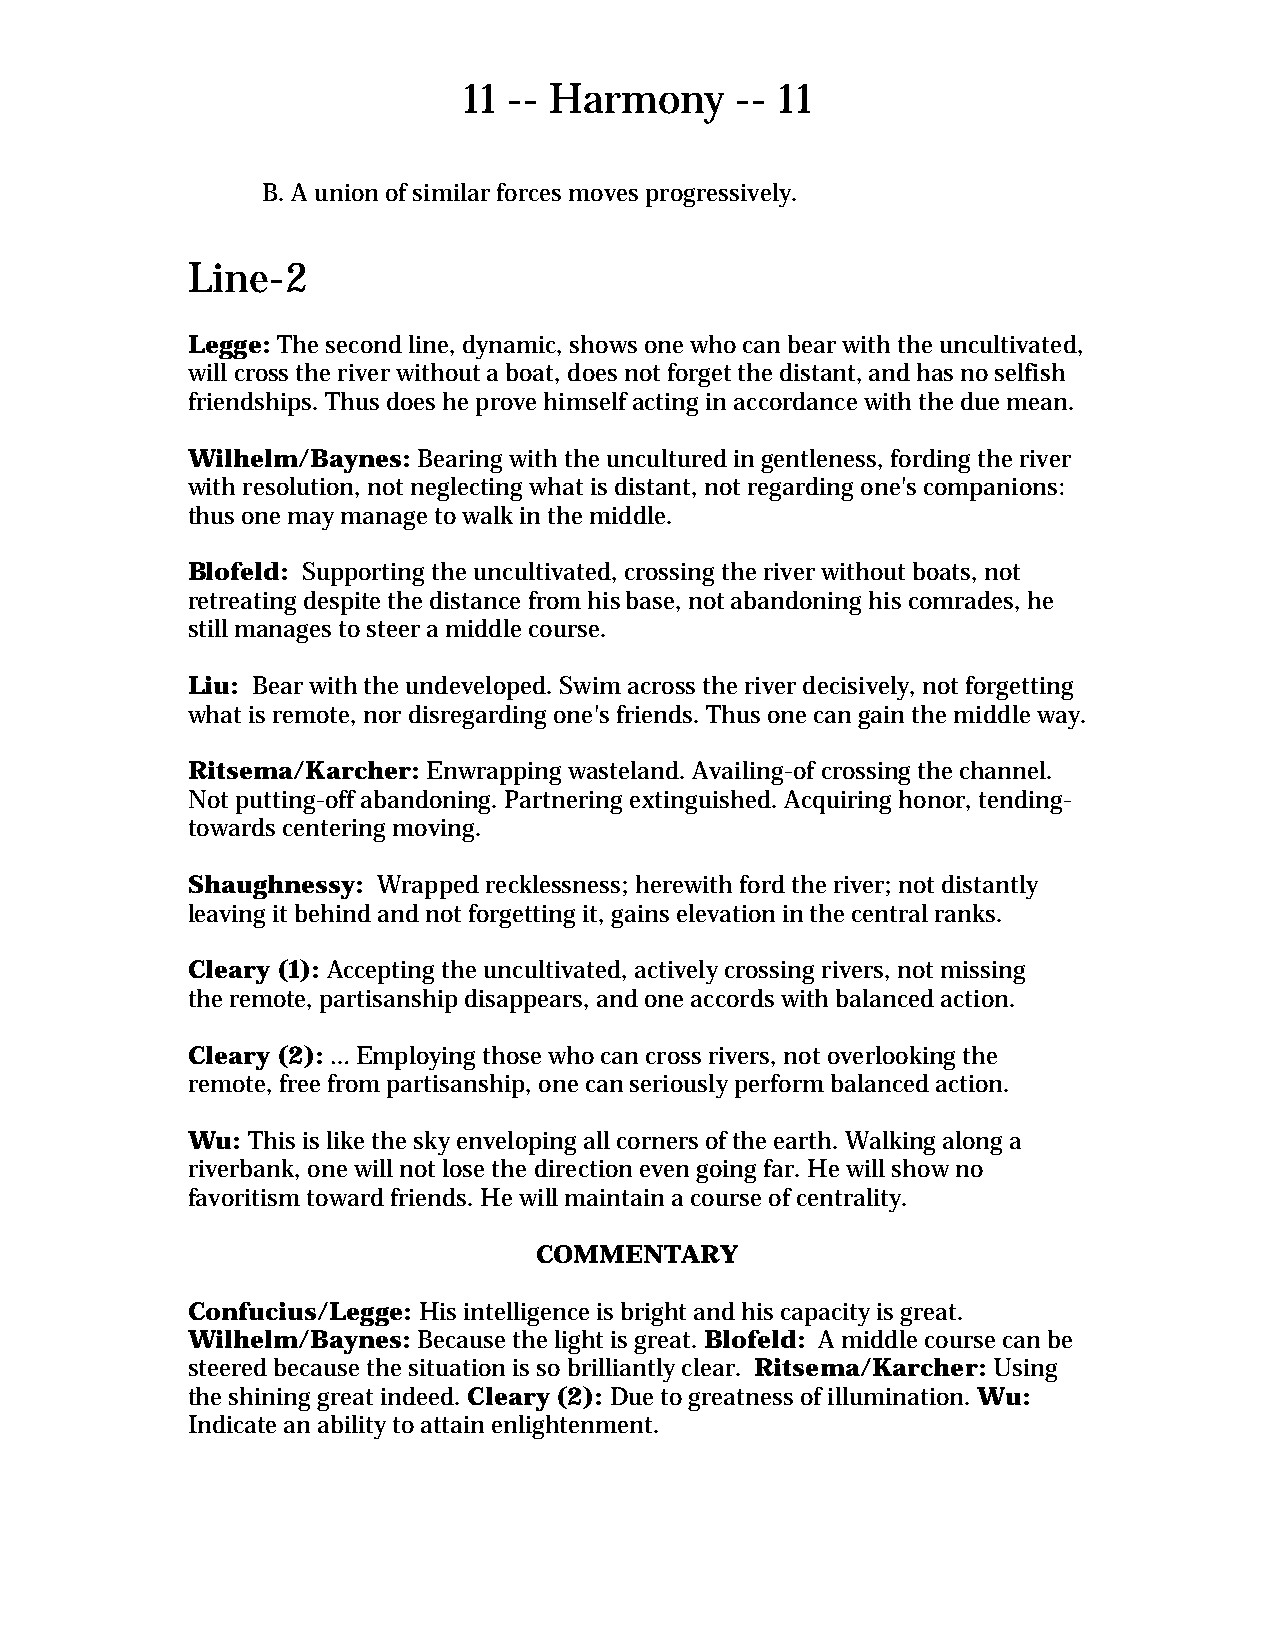
11 -- Harmony     -- 11
 B. A union of similar forces moves progressively.
 Line-2
 Legge: The second line, dynamic, shows one who can bear with the uncultivated,
 will cross the river without a boat, does not forget the distant, and has no selfish
 friendships. Thus does he prove himself acting in accordance with the due mean.
 Wilhelm/Baynes: Bearing with the uncultured in gentleness, fording the river
 with resolution, not neglecting what is distant, not regarding one's companions:
 thus one may manage to walk in the middle.
 Blofeld: Supporting the uncultivated, crossing the river without boats, not
 retreating despite the distance from his base, not abandoning his comrades, he
 still manages to steer a middle course.
 Liu: Bear with the undeveloped. Swim across the river decisively, not forgetting
 what is remote, nor disregarding one's friends. Thus one can gain the middle way.
 Ritsema/Karcher: Enwrapping wasteland. Availing-of crossing the channel.
 Not putting-off abandoning. Partnering extinguished. Acquiring honor, tending-
 towards centering moving.
 Shaughnessy: Wrapped recklessness; herewith ford the river; not distantly
 leaving it behind and not forgetting it, gains elevation in the central ranks.
 Cleary (1): Accepting the uncultivated, actively crossing rivers, not missing
 the remote, partisanship disappears, and one accords with balanced action.
 Cleary (2): … Employing those who can cross rivers, not overlooking the
 remote, free from partisanship, one can seriously perform balanced action.
 Wu: This is like the sky enveloping all corners of the earth. Walking along a
 riverbank, one will not lose the direction even going far. He will show no
 favoritism toward friends. He will maintain a course of centrality.
 COMMENTARY
 Confucius/Legge: His intelligence is bright and his capacity is great.
 Wilhelm/Baynes: Because the light is great. Blofeld: A middle course can be
 steered because the situation is so brilliantly clear. Ritsema/Karcher: Using
 the shining great indeed. Cleary (2): Due to greatness of illumination. Wu:
 Indicate an ability to attain enlightenment.